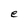
Character: e